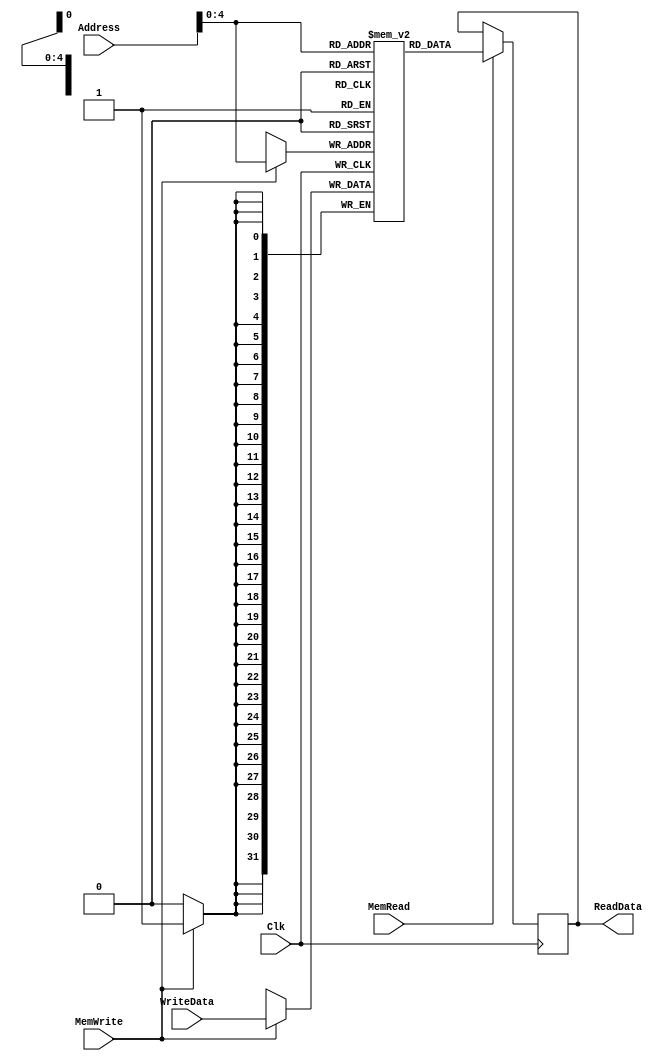
module DataMemory(
  input [31:0] Address,
  input [31:0] WriteData,
  input MemRead,
  input MemWrite,
  input Clk,
  output reg [31:0] ReadData
);
  parameter NUM_CELLS = 32 - 1;
  reg [31:0] tab[NUM_CELLS:0];

  integer i;
  initial begin
    // Zero all the cells.
    for (i = 0; i <= NUM_CELLS; i = i + 1)
      tab[i] <= 0;
  end

  always @(posedge Clk) begin
    if (MemWrite) begin
      $display("MEM[%h] = %b", Address, WriteData);

      // Don't need to worry about memory reads and writes in the same cycle.
      tab[Address] <= WriteData;
    end

    if (MemRead)
      ReadData <= tab[Address];
  end
endmodule